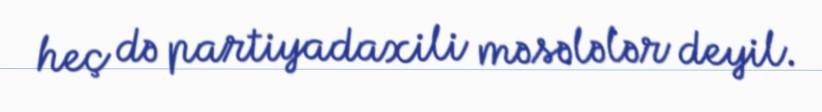
heç də partiyadaxili məsələlər deyil.